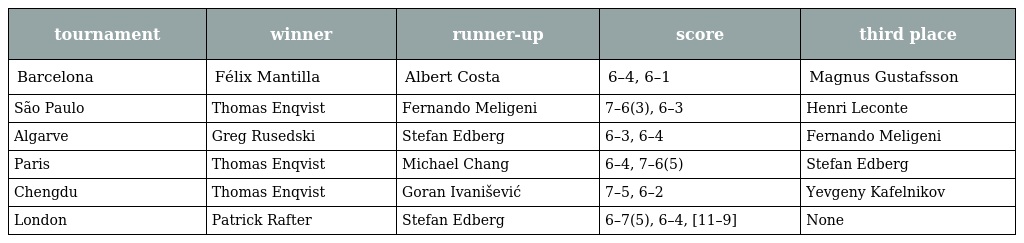
| tournament | winner | runner-up | score | third place |
 | --- | --- | --- | --- | --- |
 | Barcelona | Félix Mantilla | Albert Costa | 6–4, 6–1 | Magnus Gustafsson |
 | São Paulo | Thomas Enqvist | Fernando Meligeni | 7–6(3), 6–3 | Henri Leconte |
 | Algarve | Greg Rusedski | Stefan Edberg | 6–3, 6–4 | Fernando Meligeni |
 | Paris | Thomas Enqvist | Michael Chang | 6–4, 7–6(5) | Stefan Edberg |
 | Chengdu | Thomas Enqvist | Goran Ivanišević | 7–5, 6–2 | Yevgeny Kafelnikov |
 | London | Patrick Rafter | Stefan Edberg | 6–7(5), 6–4, [11–9] | None |